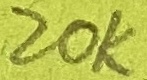
Text: 20K